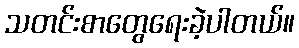
သတင်းစာတွေရေးခဲ့ပါတယ်။